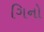
ગિનો